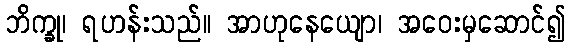
ဘိက္ခု၊ ရဟန်းသည်။ အာဟုနေယျော၊ အဝေးမှဆောင်၍